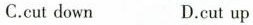
C.cut down D.cut up